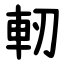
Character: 軔